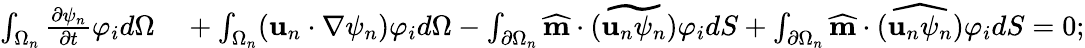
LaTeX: \begin{array}{rl}{\int_{\Omega_{n}}\frac{\partial\psi_{n}}{\partial t}\varphi_{i}d\Omega}&{{}+\int_{\Omega_{n}}(\textbf{u}_{n}\cdot\nabla\psi_{n})\varphi_{i}d\Omega-\int_{\partial\Omega_{n}}\widehat{\textbf{m}}\cdot\widetilde{(\textbf{u}_{n}\psi_{n})}\varphi_{i}dS+\int_{\partial\Omega_{n}}\widehat{\textbf{m}}\cdot\widehat{(\textbf{u}_{n}\psi_{n})}\varphi_{i}dS=0;}\end{array}